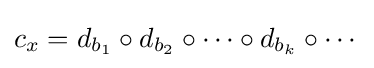
c_{x}=d_{b_{1}}\circ d_{b_{2}}\circ \cdots \circ d_{b_{k}}\circ \cdots